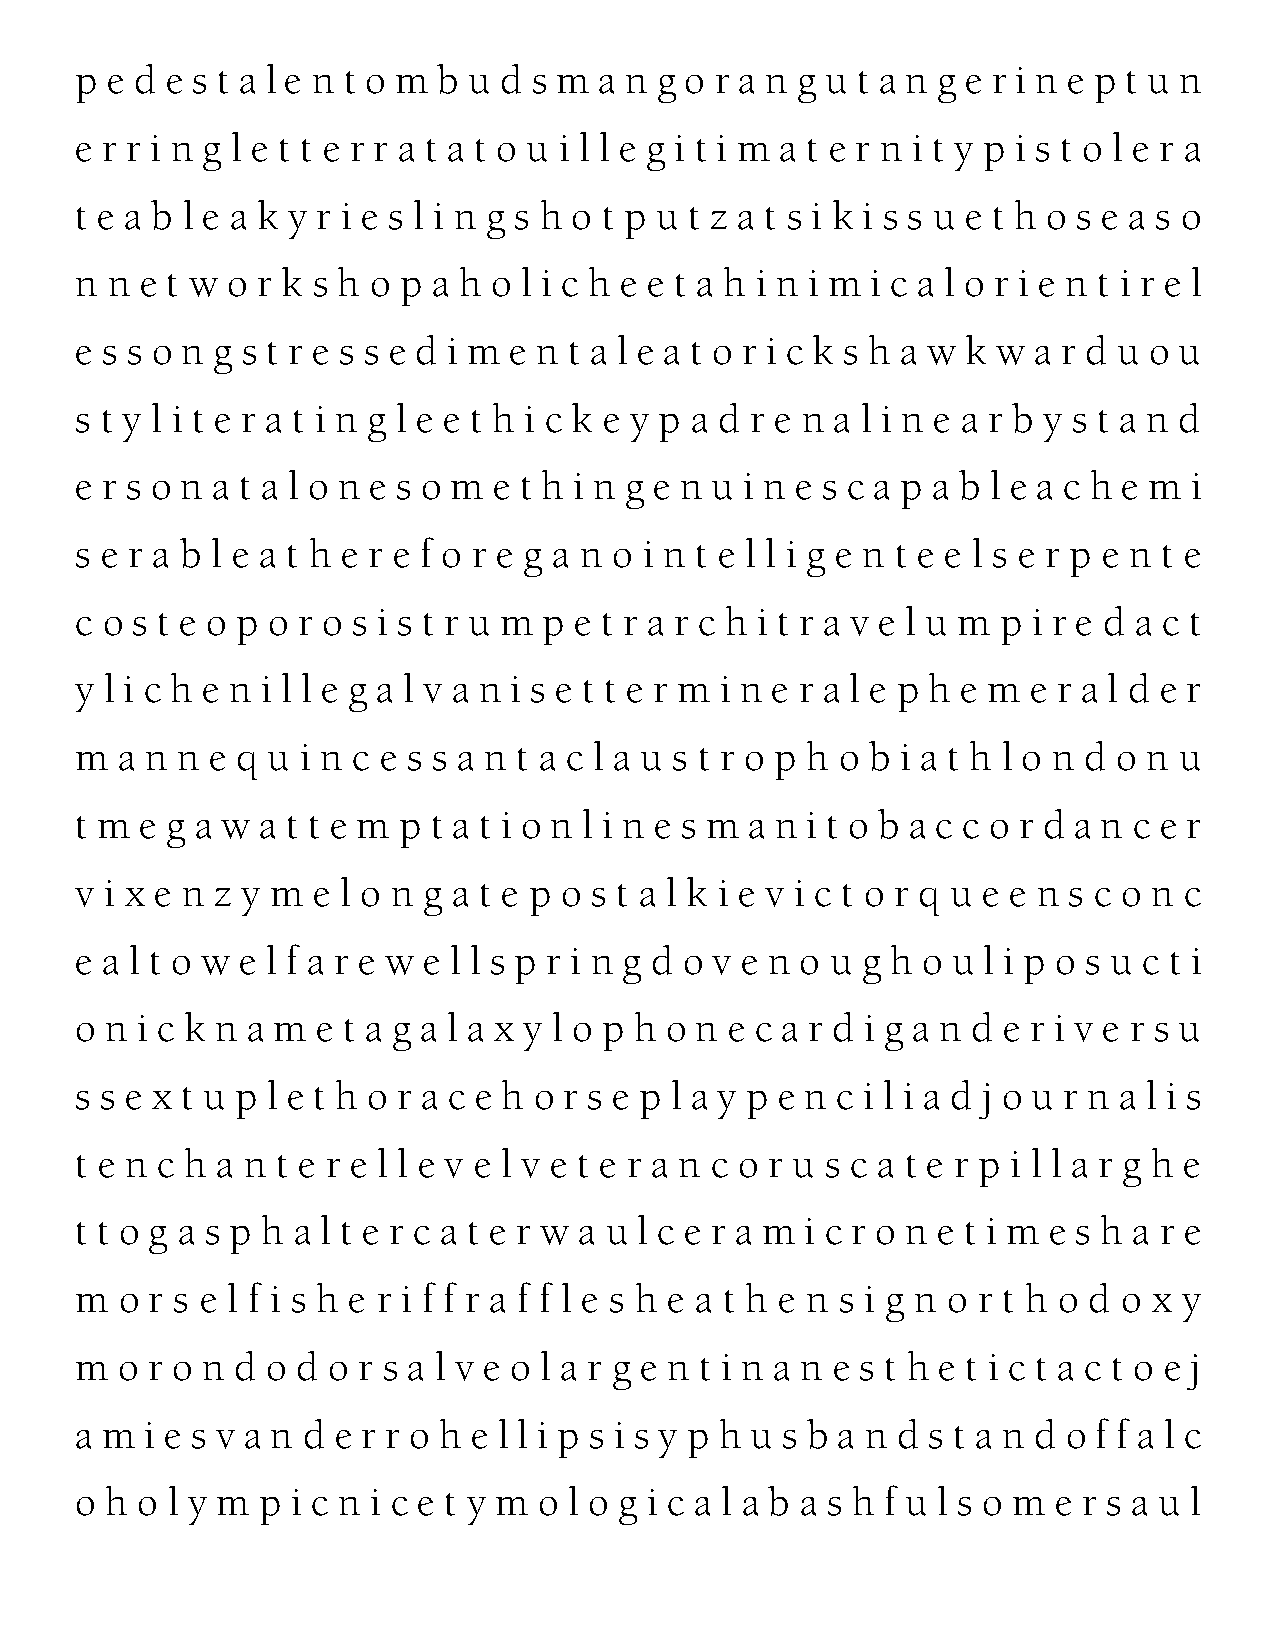
p e d e s t a l e n t o m b u d s m a n g o r a n g u t a n g e r i n e p t u n
 e r r i n g l e t t e r r a t a t o u i l l e g i t i m a t e r n i t y p i s t o l e r a
 t e a b l e a k y r i e s l i n g s h o t p u t z a t s i k i s s u e t h o s e a s o
 n n e t w o r k s h o p a h o l i c h e e t a h i n i m i c a l o r i e n t i r e l
 e s s o n g s t r e s s e d i m e n t a l e a t o r i c k s h a w k w a r d u o u
 s t y l i t e r a t i n g l e e t h i c k e y p a d r e n a l i n e a r b y s t a n d
 e r s o n a t a l o n e s o m e t h i n g e n u i n e s c a p a b l e a c h e m i
 s e r a b l e a t h e r e f o r e g a n o i n t e l l i g e n t e e l s e r p e n t e
 c o s t e o p o r o s i s t r u m p e t r a r c h i t r a v e l u m p i r e d a c t
 y l i c h e n i l l e g a l v a n i s e t t e r m i n e r a l e p h e m e r a l d e r
 m  a n n e q u i n c e s s a n t a c l a u s t r o p h o b i a t h l o n d o n u
 t m e g a w a t t e m p t a t i o n l i n e s m a n i t o b a c c o r d a n c e r
 v i x e n z y m e l o n g a t e p o s t a l k i e v i c t o r q u e e n s c o n c
 e a l t o w e l f a r e w e l l s p r i n g d o v e n o u g h o u l i p o s u c t i
 o n i c k n a m e t a g a l a x y l o p h o n e c a r d i g a n d e r i v e r s u
 s s e x t u p l e t h o r a c e h o r s e p l a y p e n c i l i a d j o u r n a l i s
 t e n c h a n t e r e l l e v e l v e t e r a n c o r u s c a t e r p i l l a r g h e
 t t o g a s p h a l t e r c a t e r w a u l c e r a m i c r o n e t i m e s h a r e
 m  o r s e l f i s h e r i f f r a f f l e s h e a t h e n s i g n o r t h o d o x y
 m  o r o n d o d o r s a l v e o l a r g e n t i n a n e s t h e t i c t a c t o e j
 a m  i e s v a n d e r r o h e l l i p s i s y p h u s b a n d s t a n d o f f a l c
 o h o l y m p i c n i c e t y m o l o g i c a l a b a s h f u l s o m e r s a u l